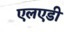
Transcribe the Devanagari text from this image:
एलएडी